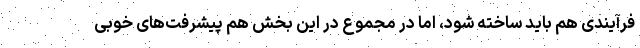
فرآیندی هم باید ساخته شود، اما در مجموع در این بخش هم پیشرفت‌های خوبی